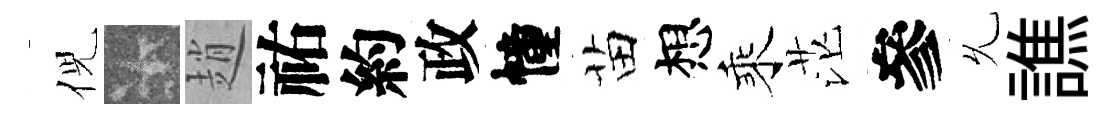
倪卡趙祐約政幢苗想乘茫參𠃔譙